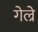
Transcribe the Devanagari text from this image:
गेल्रे